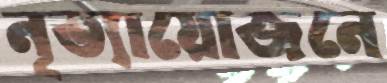
নৃত্যায়োজনে